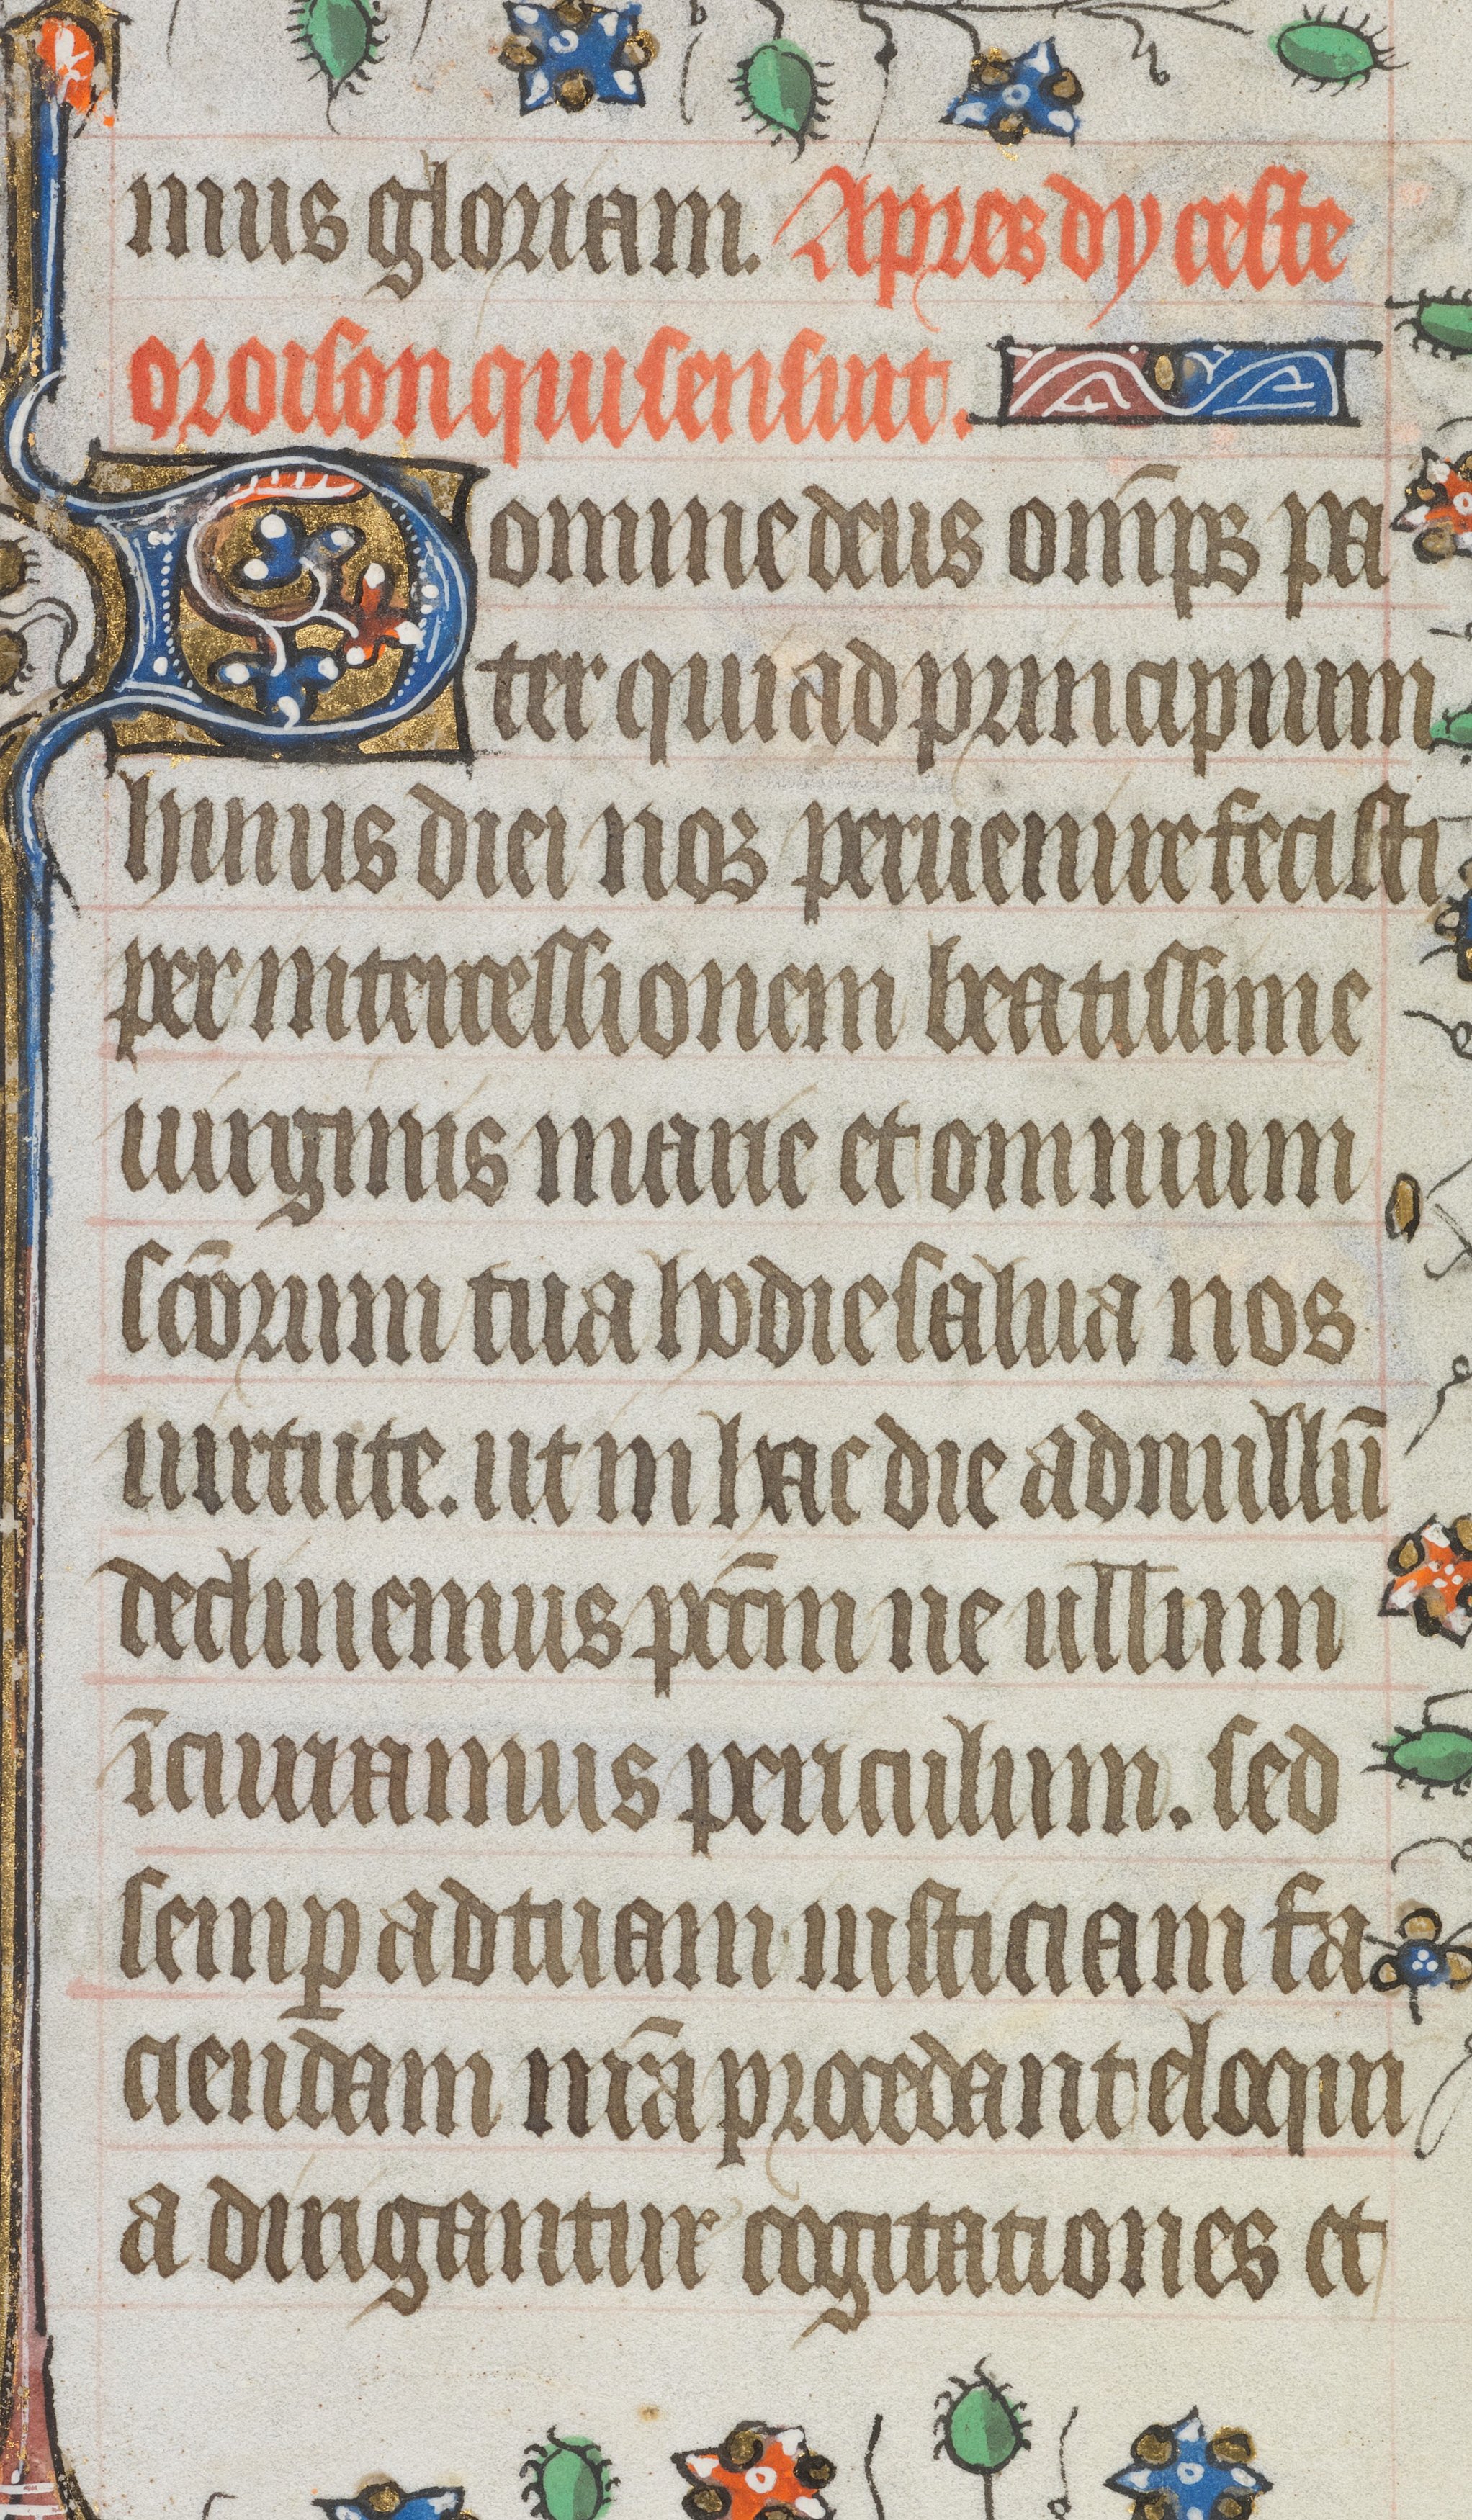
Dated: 1421–1421